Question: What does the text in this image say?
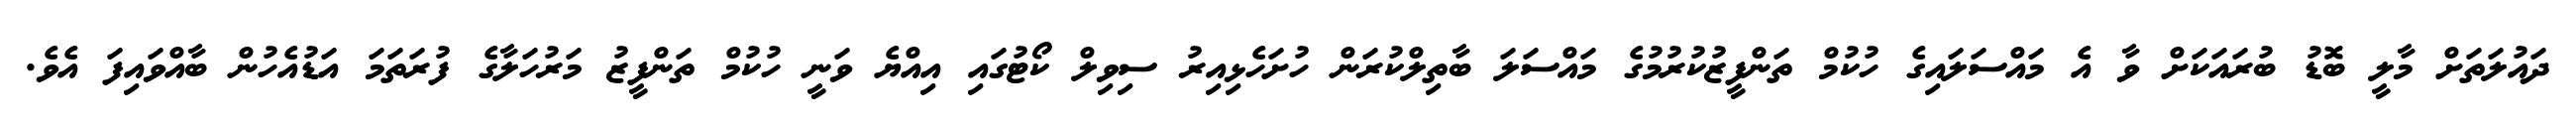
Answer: ދައުލަތަށް މާލީ ބޮޑު ބުރައަކަށް ވާ އެ މައްސަލައިގެ ހުކުމް ތަންފީޒުކުރުމުގެ މައްސަލަ ބާތިލްކުރަން ހުށަހެޅިއިރު ސިވިލް ކޯޓުގައި އިއްޔެ ވަނީ ހުކުމް ތަންފީޒު މަރުހަލާގެ ފުރަތަމަ އަޑުއެހުން ބާއްވައިފަ އެވެ.